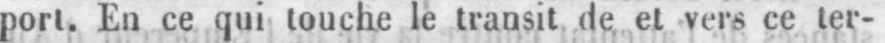
port. En ce qui touche le transit de et vers ce ter-